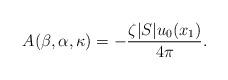
LaTeX: \begin{align*} A(\beta,\alpha,\kappa)=-\frac{\zeta |S| u_0(x_1)}{4\pi}.\end{align*}